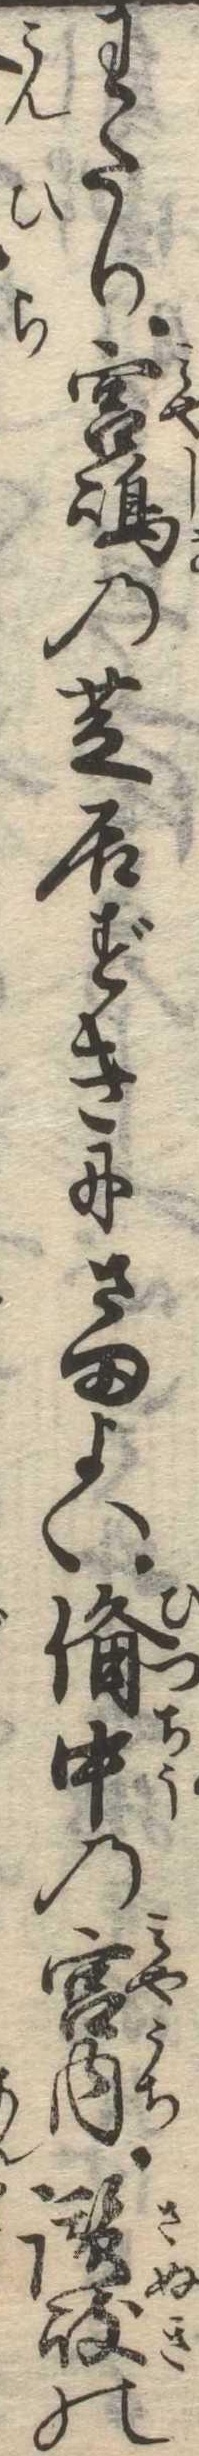
わたり宮島の芝居ずきにさまよい備中の宮内讃岐の